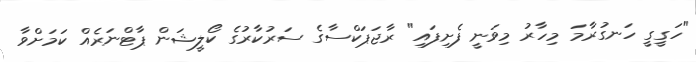
"ހަގީގީ ހަނގުރާމަ މިހާރު މިވަނީ ފެށިފައި" ރާޖަޕަކްސާގެ ސަރުކާރުގެ ކޯލީޝަން ޕާޓްނަރެއް ކަމަށްވާ